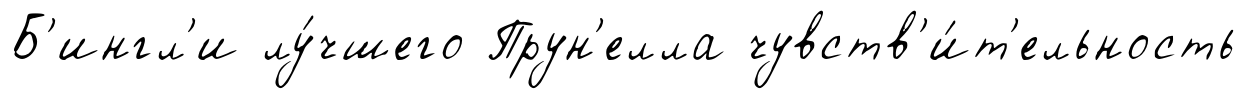
Б'ингл'и лу́чшего Прун'елла чувств'и́т'ельность